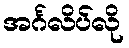
အင်္ဂလိပ်လို